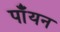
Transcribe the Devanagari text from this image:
पाँयन